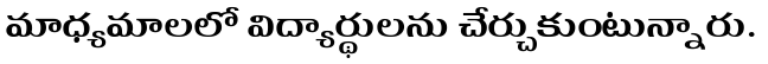
మాధ్యమాలలో విద్యార్థులను చేర్చుకుంటున్నారు.